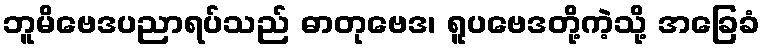
ဘူမိဗေဒပညာရပ်သည် ဓာတုဗေဒ၊ ရူပဗေဒတို့ကဲ့သို့ အခြေခံ